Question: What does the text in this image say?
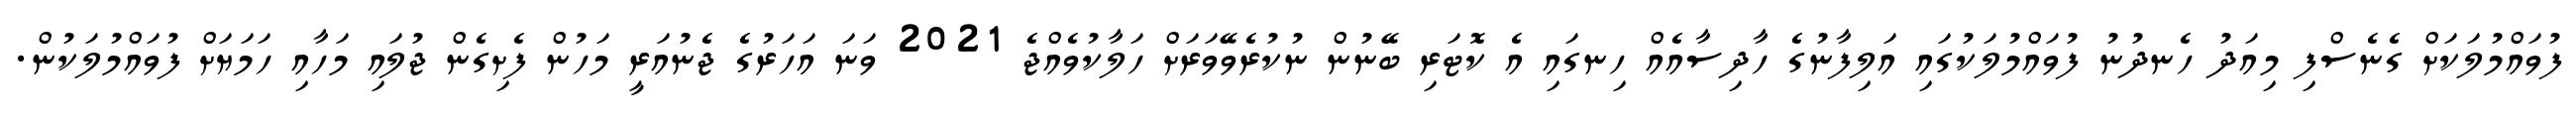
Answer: ފުވައްމުލަކަށް ގެނެސްފި މިއަދު ހެނދުނު ފުވައްމުލަކުގައި އަލިފާނުގެ ހާދިސާއެއް ހިނގައި އެ ކޮޓަރި ބޭނުން ނުކުރެވޭވަރަށް ހަލާކުވެއްޖެ 2021 ވަނަ އަހަރުގެ ޖެނުއަރީ މަހުން ފެށިގެން ޖުލައި މަހާއި ހަމަޔަށް ފުވައްމުލަކުން.